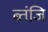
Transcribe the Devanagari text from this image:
ब्तंजि